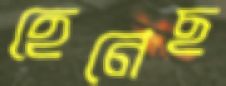
হেনেছ